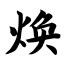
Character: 焕